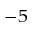
^ { - 5 }